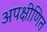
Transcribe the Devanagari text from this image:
अपक्षीणित